Vaccine operations Central Provinces 1900-1911 - 1900-1911
Year: 1900
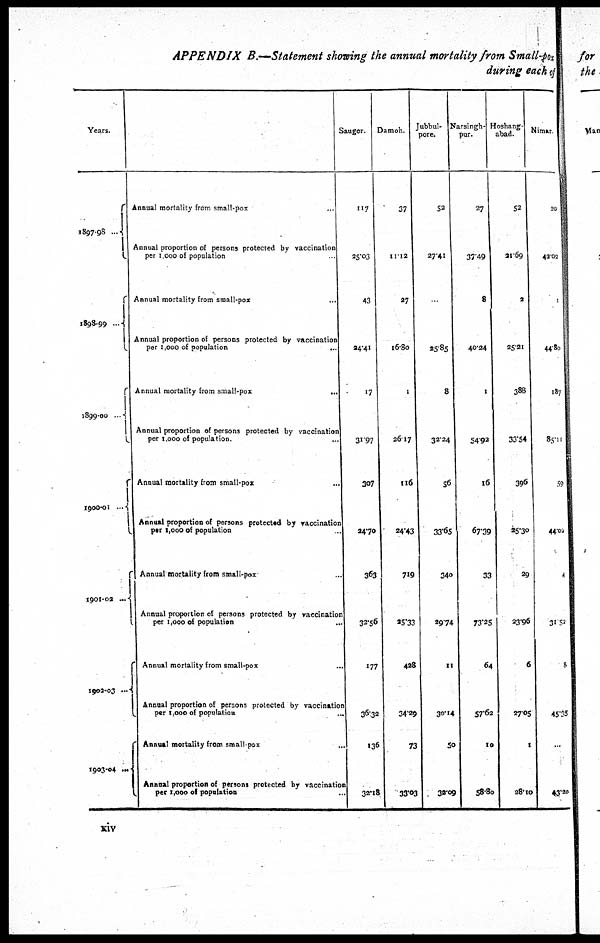
APPENDIX B.—Statement showing the annual mortality from Small-pox
during each of
Years.
1897-98...
1898-99 ...
1899-00 ..
1900-01...
1901-02 ...
1902-03...
1903-04 ...
Annual mortality from small-pox ...
Annual proportion of persons protected by vaccination
per 1,000 of population
Annual mortality from small-pox ...
Annual proportion of persons protected by vaccination
per 1,000 of population
...
Annual mortality from small-pox
...
Annual proportion of persons protected by vaccination
per 1,000 of population. ...
Annual mortality from small-pox ...
Annual proportion of persons protected by vaccination
per 1,000 of population ...
Annual mortality from small-pox ...
Annual proportion of persons protected by vaccination
per 1,000 of population
...
Annual mortality from small-pox
Annual proportion of persons protected by vaccination
per 1,000 of population
...
Annual mortality from small-pox
..
Annual proportion of persons protected by vaccination
per 1,000 of population ...
Saugor.
117
25.03
43
24.41
17
31.97
307
34.70
363
32.56
177
36.32
136
32.18
Damoh.
37
11.12
27
16.80
1
26.17
116
24.43
719
25.33
428
34.29
73
33.03
Jubbul-
pore.
52
27.41
..
25.85
8
32.24
56
33.65
340
29.74
11
30.14
50
32.09
Narsingh¬
pur.
27
37.49
8
40.24
1
54.92
16
67.39
33
73.25
64
57.52
10
58.80
Hoshang-
abad.
52
21.69
2
25.21
388
33.54
396
25.30
29
23.96
6
27.05
1
28.10
Nimar
20
42.02
1
44.80
187
85.11
59
44.02
4
31.52
8
45.35
...
43.20
xiv